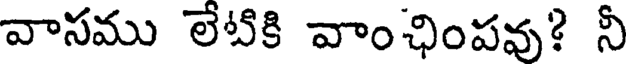
వాసము లేటికి వాంఛింపవు? నీ